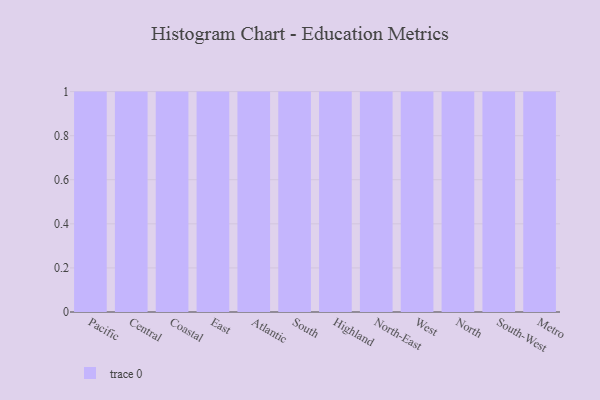
{"axis": {"x": "Region", "y": "Tickets Resolved"}, "legend": [""], "data": [{"x": "Pacific", "y": 34, "type": ""}, {"x": "Central", "y": 25, "type": ""}, {"x": "Coastal", "y": 22, "type": ""}, {"x": "East", "y": 55, "type": ""}, {"x": "Atlantic", "y": 76, "type": ""}, {"x": "South", "y": 51, "type": ""}, {"x": "Highland", "y": 98, "type": ""}, {"x": "North-East", "y": 73, "type": ""}, {"x": "West", "y": 26, "type": ""}, {"x": "North", "y": 59, "type": ""}, {"x": "South-West", "y": 26, "type": ""}, {"x": "Metro", "y": 54, "type": ""}]}